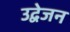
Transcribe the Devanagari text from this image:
उद्वेजन